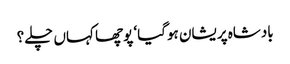
بادشاہ پریشان ہوگیا‘ پوچھا کہاں چلے؟